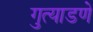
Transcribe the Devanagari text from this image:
गुत्याडणे